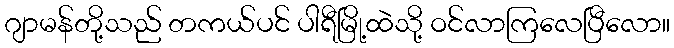
ဂျာမန်တို့သည် တကယ်ပင် ပါရီမြို့ထဲသို့ ဝင်လာကြလေပြီလော။